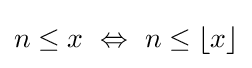
n\leq x~\Leftrightarrow ~n\leq \lfloor x\rfloor